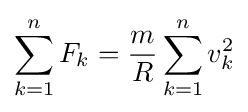
\sum _{k=1}^{n}F_{k}={\frac {m}{R}}\sum _{k=1}^{n}v_{k}^{2}